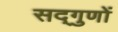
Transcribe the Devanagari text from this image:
सद्‌गुणों